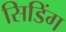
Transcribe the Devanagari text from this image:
सिडिंग